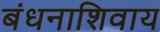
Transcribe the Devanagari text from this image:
बंधनाशिवाय